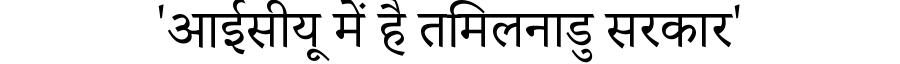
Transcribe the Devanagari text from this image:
'आईसीयू में है तमिलनाडु सरकार'